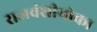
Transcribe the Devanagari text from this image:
राजवंशीयोका